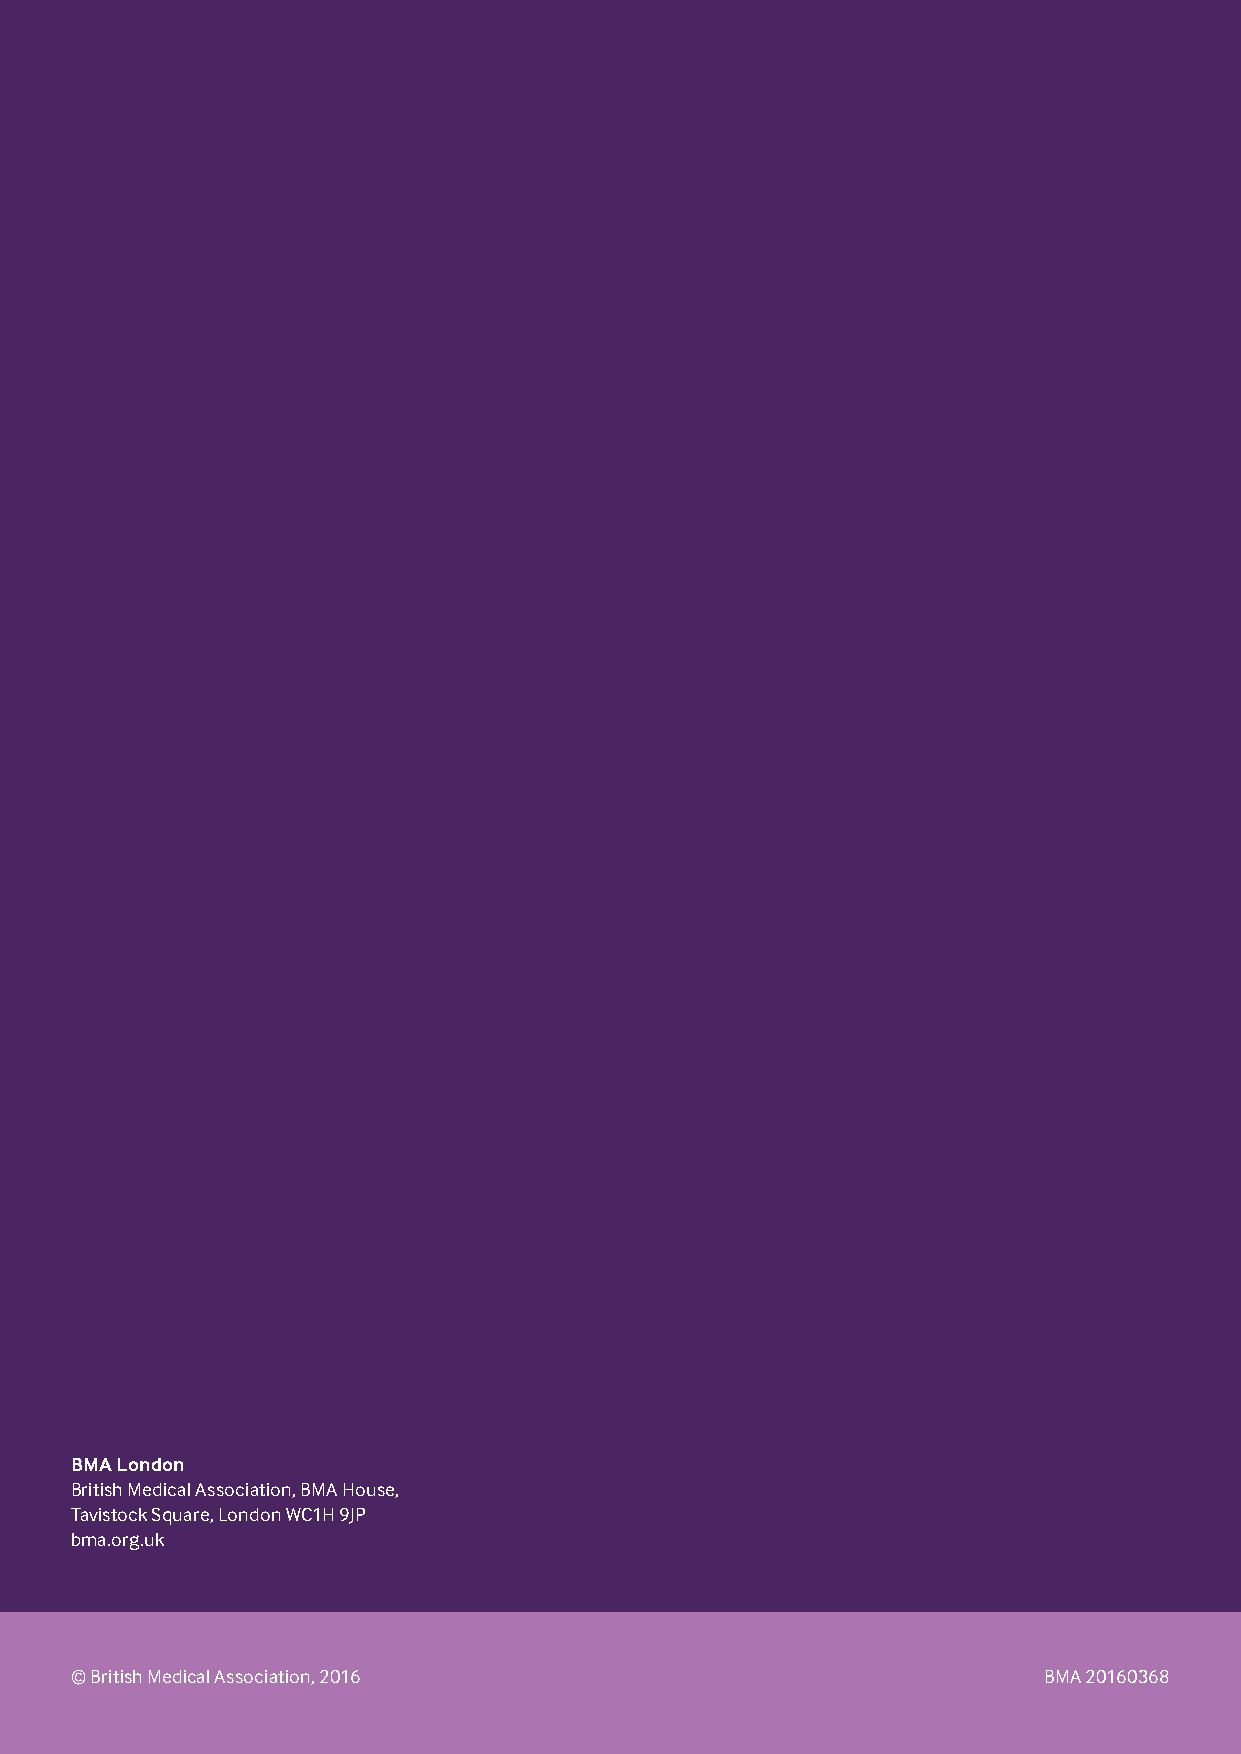
BMA London
 British Medical Association, BMA House,
 Tavistock Square, London WC1H 9JP
 bma.org.uk
 © British Medical Association, 2016                             BMA 20160368